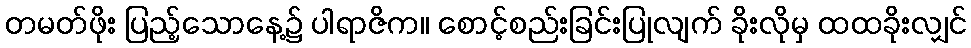
တမတ်ဖိုး ပြည့်သောနေ့၌ ပါရာဇိက။ စောင့်စည်းခြင်းပြုလျက် ခိုးလိုမှ ထထခိုးလျှင်